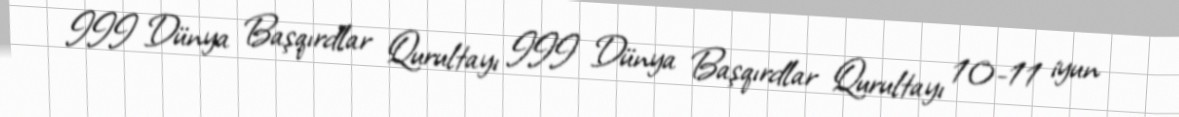
III Dünya Başqırdlar Qurultayı III Dünya Başqırdlar Qurultayı 10-11 iyun